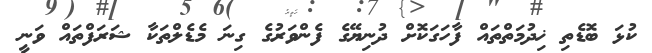
ކުޅަ ބޮޑެތި ޚިދުމަތްތައް ފާހަގަކޮށް ދުނިޔޭގެ ފެންވަރުގެ ގިނަ މެޑެލްތަކާ ޝަރަފްތައް ވަނީ